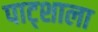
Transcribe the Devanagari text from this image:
पाट्शाला